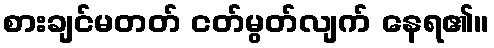
စားချင်မတတ် ငတ်မွတ်လျက် နေရ၏။